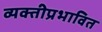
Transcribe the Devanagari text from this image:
व्यक्तीप्रभावित